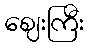
ဈေးကြီး